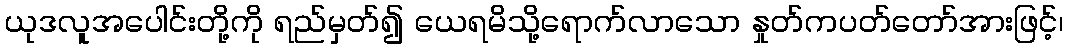
ယုဒလူအပေါင်းတို့ကို ရည်မှတ်၍ ယေရမိသို့ရောက်လာသော နှုတ်ကပတ်တော်အားဖြင့်၊